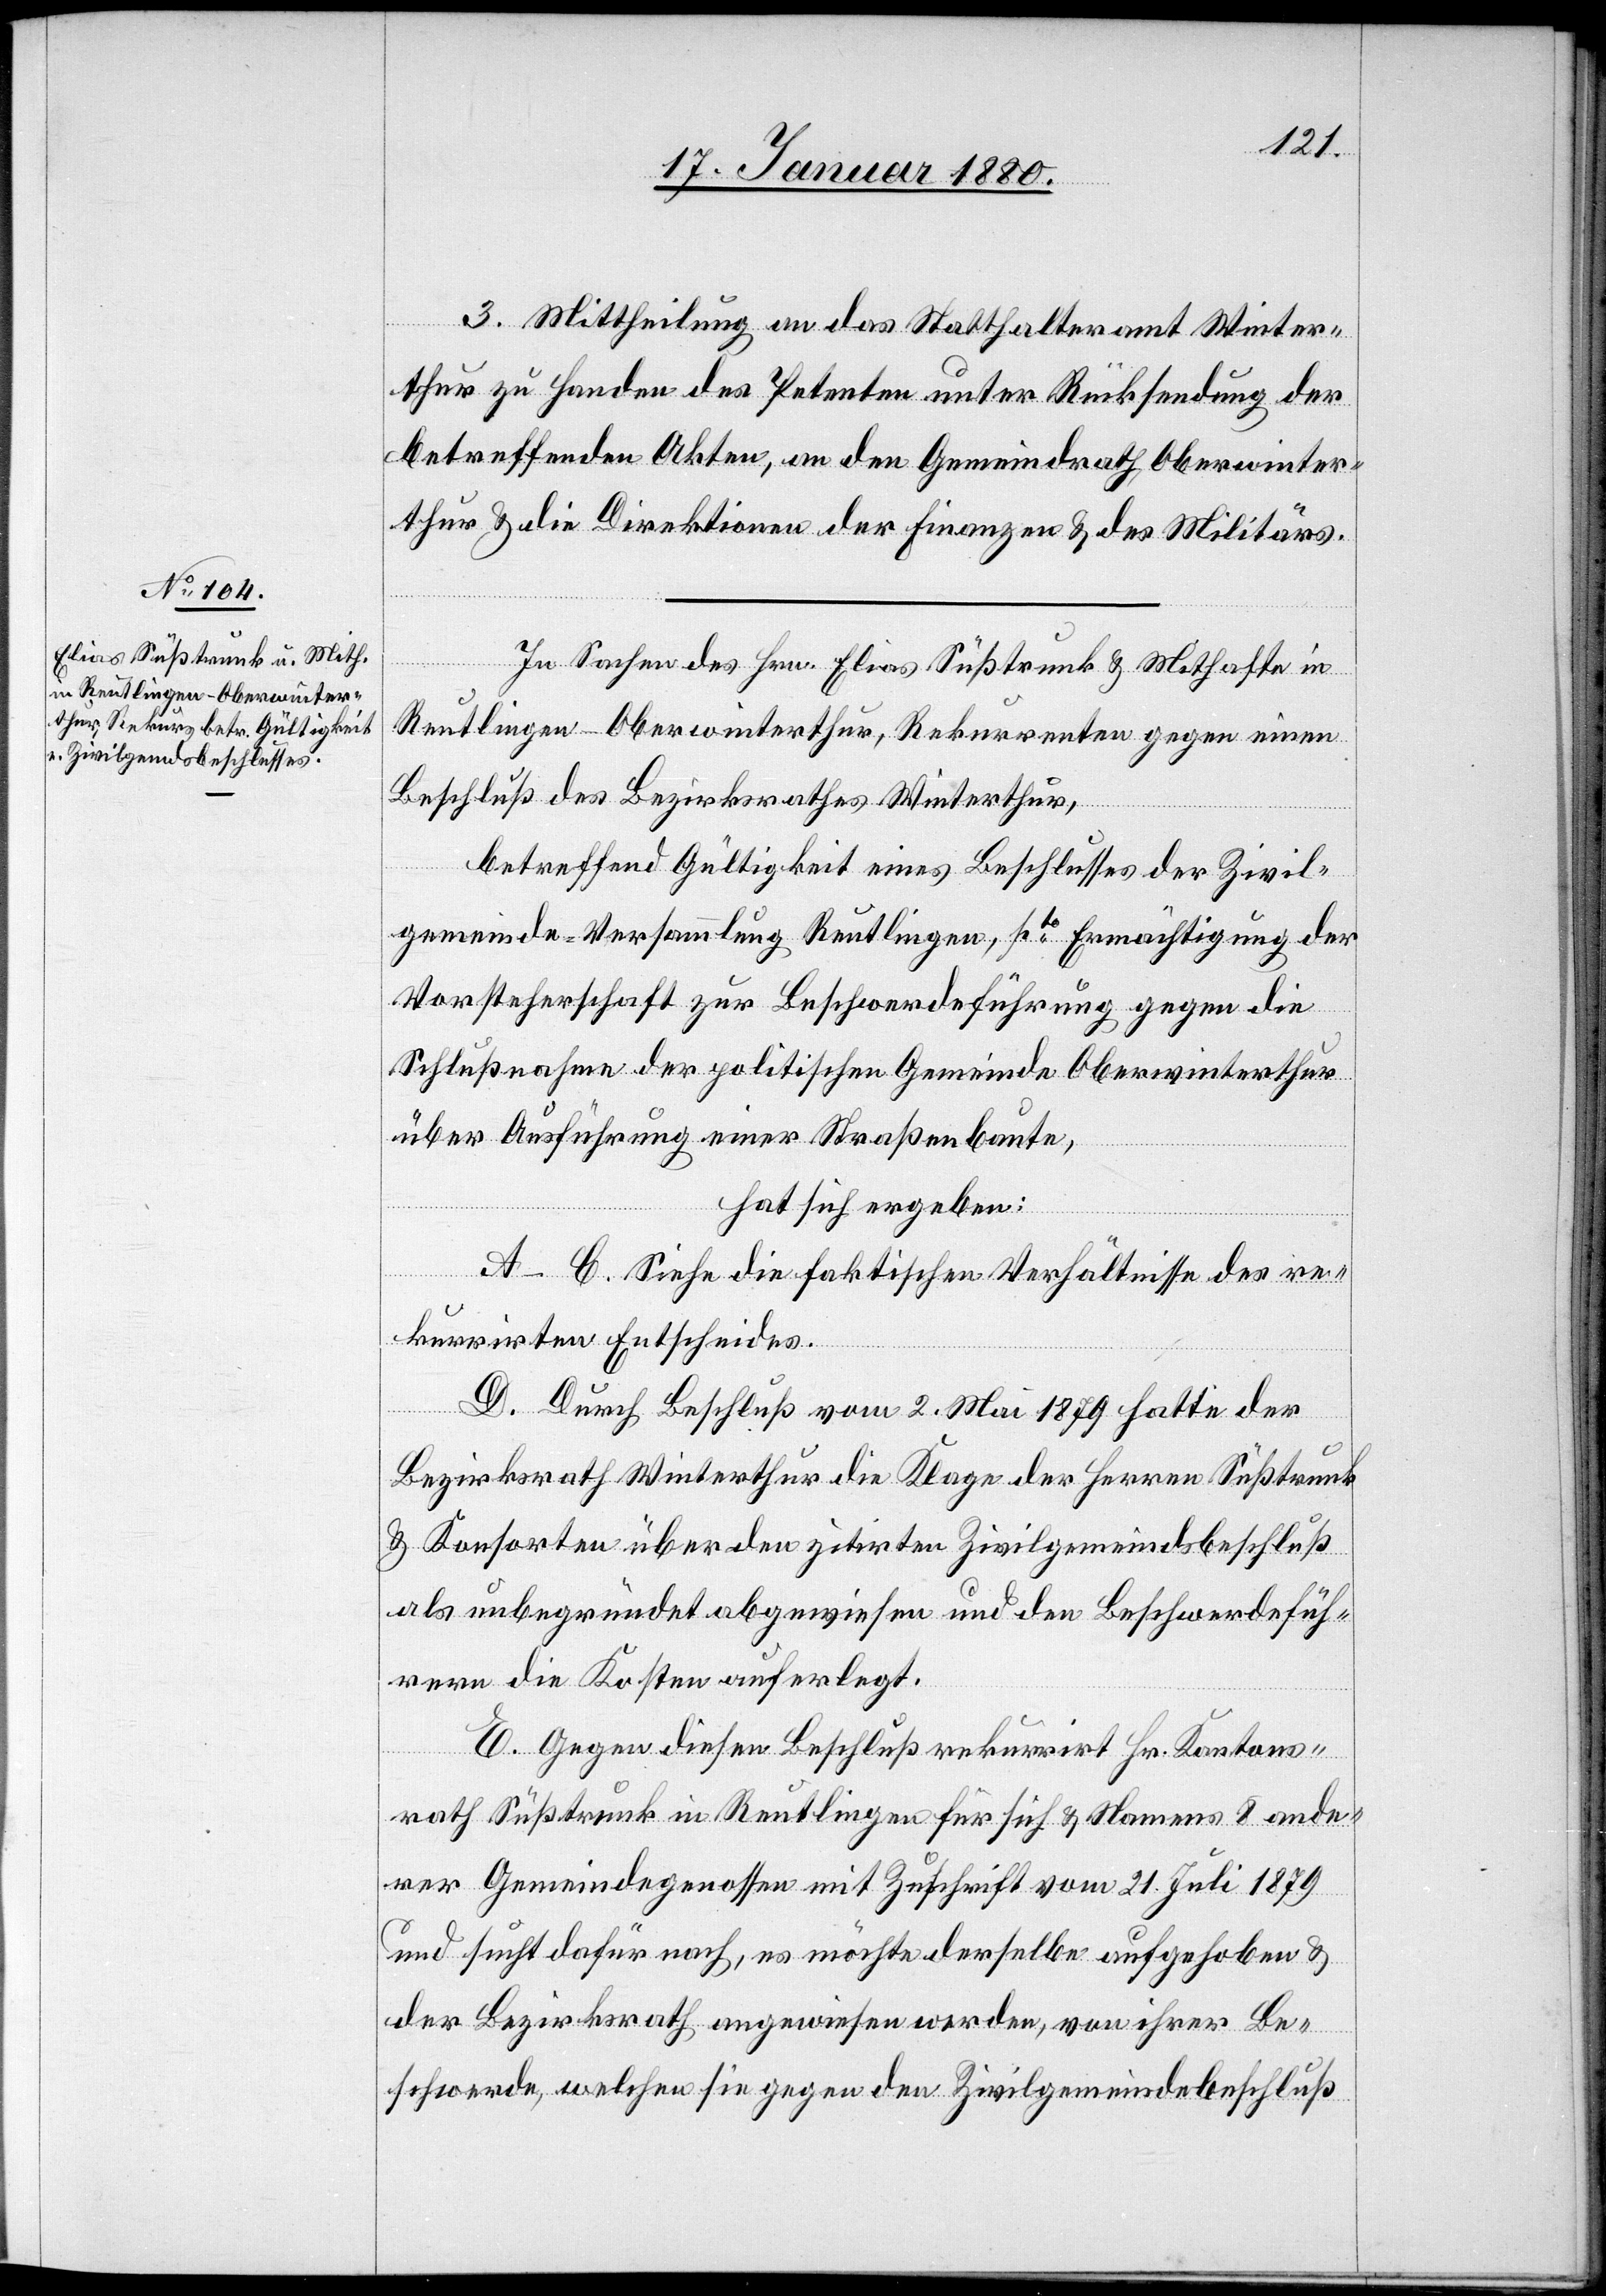
3. Mittheilung an das Statthalteramt Winter¬
thur zu Handen des Petenten unter Rücksendung der
betreffenden Akten, an den Gemeindrath Oberwinter¬
thur & die Direktionen der Finanzen & des Militärs.
In Sachen des Hrn. Elias Süßtrunk & Mithafte in
Reutlingen - Oberwinterthur, Rekurrenten gegen einen
Beschluß des Bezirksrathes Winterthur,
betreffend Gültigkeit eines Beschlusses der Zivil¬
gemeinde-Versammlung Reutlingen, pto Ermächtigung der
Vorsteherschaft zur Beschwerdeführung gegen die
Schlußnahme der politischen Gemeinde Oberwinterthur
über Ausführung einer Straßenbaute,
hat sich ergeben:
A–C. Siehe die faktischen Verhältnisse des re¬
kurrirten Entscheides.
D. Durch Beschluß vom 2. Mai 1879 hatte der
Bezirksrath Winterthur die Klage der Herren Süßtrunk
& Konsorten über den zitirten Zivilgemeindsbeschluß
als unbegründet abgewiesen und den Beschwerdefüh¬
rern die Kosten auferlegt.
E. Gegen diesen Beschluß rekurrirt Hr Kantons¬
rath Süßtrunk in Reutlingen für sich & Namens 8 ande¬
rer Gemeindegenossen mit Zuschrift vom 21. Juli 1879
und sucht dafür nach, es möchte derselbe aufgehoben &
der Bezirksrath angewiesen werden, von ihrer Be¬
schwerde, welchen [sic!] sie gegen den Zivilgemeindebeschluß